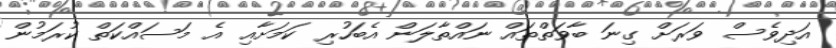
އަދިވެސް ވަރަށް ގިނަ ބާވަތްތައް ނައްތާލަން އެބަހުރި ކަމަށާއި އެ މަސައްކަތް ކުރަމުން